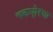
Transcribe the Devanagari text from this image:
चकधो्रधा